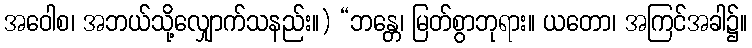
အဝေါစ၊ အဘယ်သို့လျှောက်သနည်း။) “ဘန္တေ၊ မြတ်စွာဘုရား။ ယတော၊ အကြင်အခါ၌။